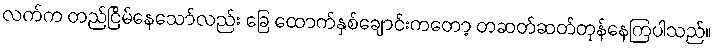
လက်က တည်ငြိမ်နေသော်လည်း ခြေ ထောက်နှစ်ချောင်းကတော့ တဆတ်ဆတ်တုန်နေကြပါသည်။